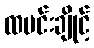
ထမင်းချိုင့်